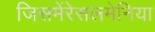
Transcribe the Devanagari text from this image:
जिसमेंरेसलमेनिया